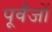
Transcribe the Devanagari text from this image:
पूर्वंजों